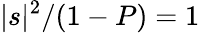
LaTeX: |s|^{2}/(1-P)=1